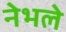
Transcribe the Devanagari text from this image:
नेभले